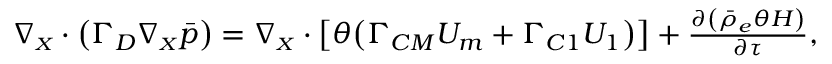
\begin{array} { r } { { \boldsymbol { \nabla _ { \scriptscriptstyle X } } \cdot \bigl ( \boldsymbol { \Gamma _ { D } } \boldsymbol { \nabla _ { \scriptscriptstyle X } } \Bar { p } \bigr ) } = \boldsymbol { \nabla _ { \scriptscriptstyle X } } \cdot \bigl [ \theta \bigl ( \boldsymbol { \Gamma _ { C M } } \boldsymbol { U _ { m } } + \boldsymbol { \Gamma _ { C 1 } } \boldsymbol { U _ { 1 } } \bigr ) \bigr ] + { \frac { \partial \left( \bar { \rho } _ { e } \theta H \right) } { \partial \tau } } , } \end{array}